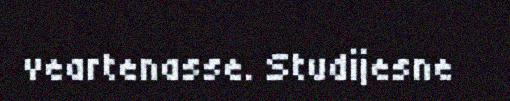
veartenasse. Studijesne